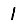
Digit: 1